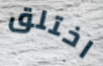
اختلق